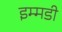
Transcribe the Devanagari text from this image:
इम्मडी